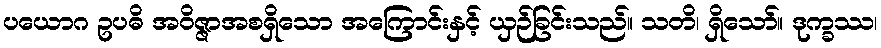
ပယောဂ ဥပဓိ အဝိဇ္ဇာအစရှိသော အကြောင်းနှင့် ယှဉ်ခြင်းသည်။ သတိ၊ ရှိသော်။ ဒုက္ခဿ၊